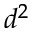
d ^ { 2 }